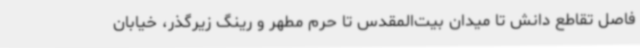
فاصل تقاطع دانش تا میدان بیت‌المقدس تا حرم مطهر و رینگ زیرگذر، خیابان